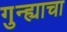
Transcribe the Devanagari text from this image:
गुन्ह्याचा